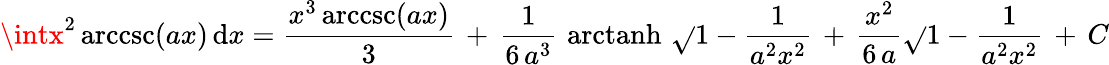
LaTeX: \intx^{2}\operatorname{arccsc}(ax)\, \mathrm{d}x={\frac{{x^{3}\operatorname{arccsc}(ax)}}{{3}}}\, +\, {\frac{{1}}{{6\, a^{3}}}}\, \operatorname{arctanh}\, {\sqrt{}{{1-{\frac{{1}}{{a^{2}x^{2}}}}}}}\, +\, {\frac{{x^{2}}}{{6\, a}}}{\sqrt{}{{1-{\frac{{1}}{{a^{2}x^{2}}}}}}}\, +\, C